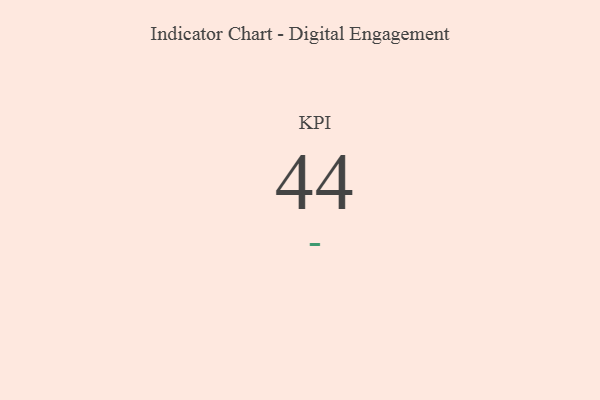
{"axis": {"x": "KPI", "y": "Value"}, "legend": [""], "data": [{"x": "KPI", "y": 44, "type": ""}]}